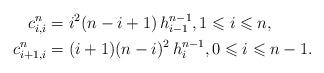
LaTeX: \begin{align*}c_{i,i}^n &= i^2 (n-i+1)\, h_{i-1}^{n-1}, 1\leqslant i \leqslant n,\\c_{i+1,i}^n &= (i+1) (n-i)^2\, h_{i}^{n-1}, 0\leqslant i \leqslant n-1.\end{align*}